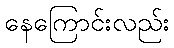
နေကြောင်းလည်း